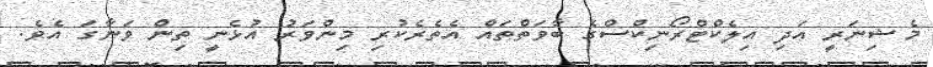
މެޝިނަރީ އަދި އިލެކްޓްރޯނިކްސްގެ ބާވަތްތައް އެތެރެކުރި މިންވަރު އުޅެނީ ތިން ވަނާގަ އެވެ.